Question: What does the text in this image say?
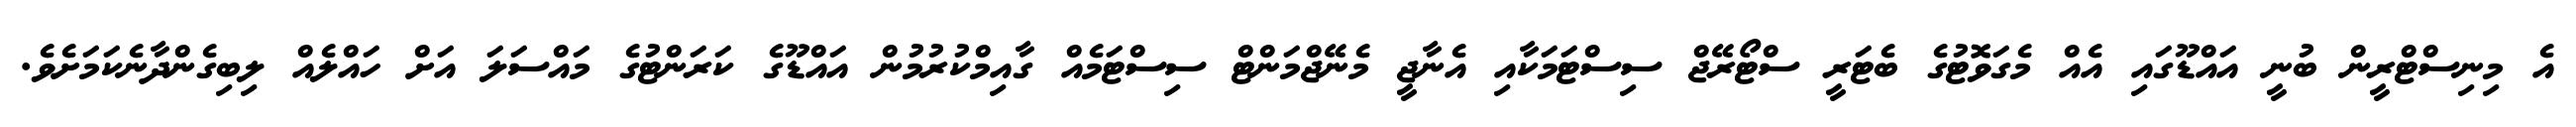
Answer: އެ މިނިސްޓްރީން ބުނީ އައްޑޫގައި އެއް މެގަވޮޓުގެ ބެޓަރީ ސްޓޯރޭޖް ސިސްޓަމަކާއި އެނާޖީ މެނޭޖްމަންޓް ސިސްޓަމެއް ގާއިމްކުރުމުން އައްޑޫގެ ކަރަންޓުގެ މައްސަލަ އަށް ހައްލެއް ލިބިގެންދާނެކަމަށެވެ.